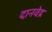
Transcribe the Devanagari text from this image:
दानवेद्र